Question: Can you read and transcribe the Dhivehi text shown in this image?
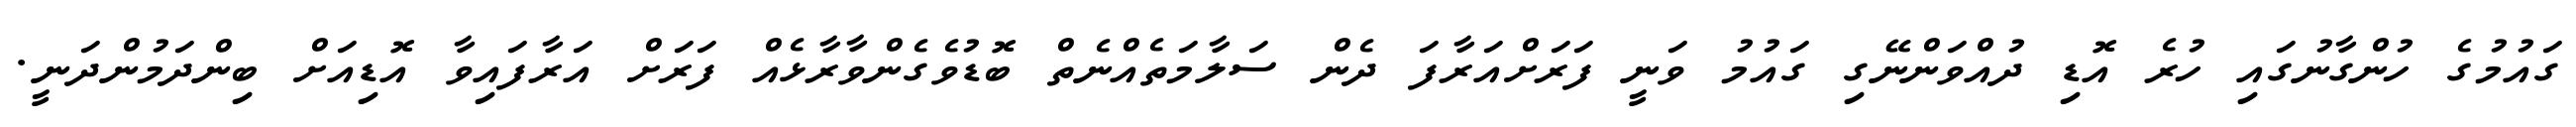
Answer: ގައުމުގެ ހުންގާނުގައި ހުރެ އޮޑި ދުއްވަންނޭގި ގައުމު ވަނީ ފަރަށްއަރާފަ ދެން ސަލާމަތެއްނެތް ބޮޑުވެގެންވާރާޅެއް ފަރަށް އަރާފައިވާ އޮޑިއަށް ބިންދަމުންދަނީ.